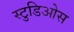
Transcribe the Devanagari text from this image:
स्टुडिओस